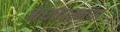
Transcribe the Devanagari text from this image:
अंधकारमय।